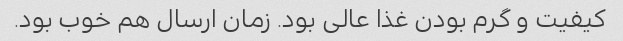
کیفیت و گرم بودن غذا عالی بود. زمان ارسال هم خوب بود.